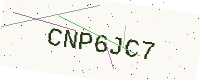
Text: CNP6JC7